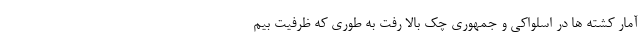
آمار کشته ها در اسلواکی و جمهوری چک بالا رفت به طوری که ظرفیت بیم